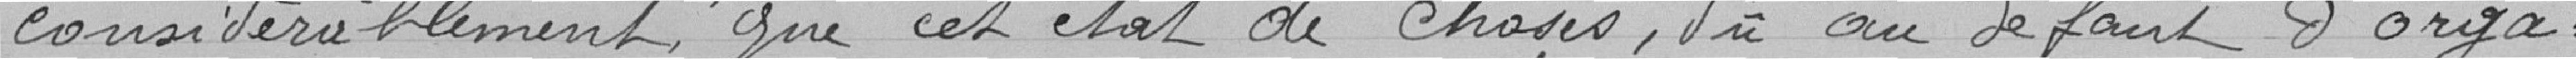
considérablement , que cet état de choses, du au défaut d'orga.